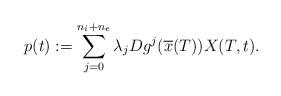
LaTeX: \begin{align*}p(t) := \sum_{j=0}^{n_i + n_e} \lambda_j Dg^j(\overline{x}(T))X(T,t).\end{align*}